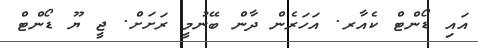
އައި ޑޯންޓް ކެއާރ. އަހަރެން ދާން ބޭނުމީ ރަށަށް. ޖީ ޔޫ ޑޯންޓް